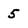
Character: 5